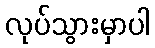
လုပ်သွားမှာပါ